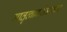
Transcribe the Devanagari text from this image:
मातृत्वाबरोबरच्या